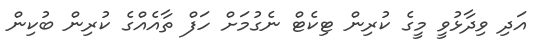
އަދި ވިދާޅުވީ މީގެ ކުރިން ޓިކެޓް ނެގުމަށް ހަފް ތާއެއްގެ ކުރިން ބުކިން